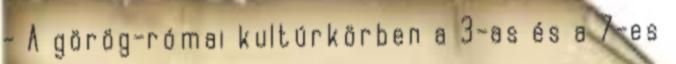
- A görög-római kultúrkörben a 3-as és a 7-es